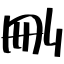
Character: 刪